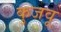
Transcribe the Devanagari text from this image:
कुजवू